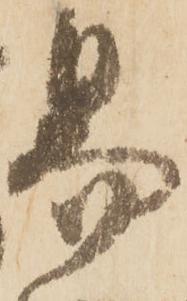
易